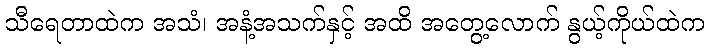
သီရေတာထဲက အသံ၊ အနံ့အသက်နှင့် အထိ အတွေ့လောက် နွယ့်ကိုယ်ထဲက